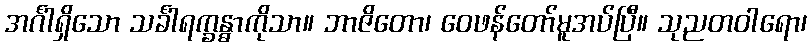
အင်္ဂါရှိသော သင်္ခါရက္ခန္ဓာကိုသာ။ ဘာဇိတော၊ ဝေဖန်တော်မူအပ်ပြီ။ သုညတဝါရော၊